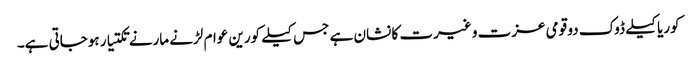
کوریا کیلے ڈوک دو قومی عزت و غیرت کا نشان ہے جس کیلے کورین عوام لڑنے مارنے تکتیار ہوجاتی ہے۔